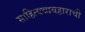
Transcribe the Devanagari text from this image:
साहित्यव्यवहाराची